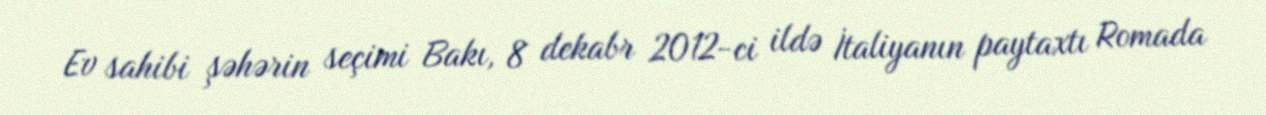
Ev sahibi şəhərin seçimi Bakı, 8 dekabr 2012-ci ildə İtaliyanın paytaxtı Romada